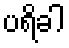
ပရိခါ